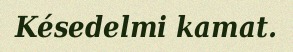
Késedelmi kamat.